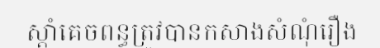
ស្តាំគេចពន្ធត្រូវបានកសាងសំណុំរឿង